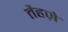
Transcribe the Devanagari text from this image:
तैहज़े